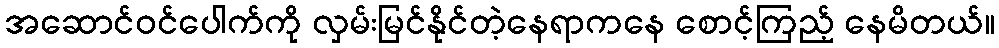
အဆောင်ဝင်ပေါက်ကို လှမ်းမြင်နိုင်တဲ့နေရာကနေ စောင့်ကြည့် နေမိတယ်။